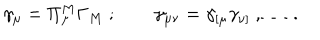
LaTeX: \gamma _ { \mu } = \Pi _ { \mu } ^ { M } \Gamma _ { M } \ ; \qquad \gamma _ { \mu \nu } = \gamma _ { [ \mu } \gamma _ { \nu ] } \ , \ldots \ .